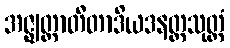
အဇ္ဈတ္တာတီတာဒိယဒနတ္တသုတ္တံ